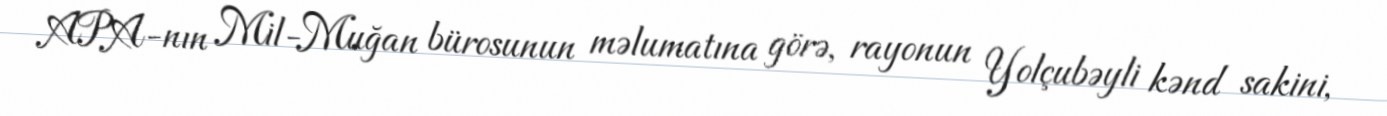
APA-nın Mil-Muğan bürosunun məlumatına görə, rayonun Yolçubəyli kənd sakini,